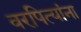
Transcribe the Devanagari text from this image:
वरपित्यांना